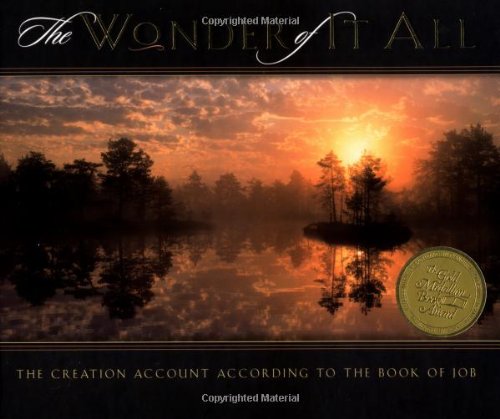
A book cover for The Wonder of It All; New Leaf Press; Christian Books & Bibles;